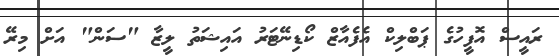
ރައީސް އޮފީހުގެ ޕަބްލިކް އެފެއާޒް ކޯޑިނޭޓަރު އަައިޝަތު ލީޒާ "ސަން" އަށް މިރޭ